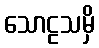
သောဠသမှိ